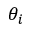
\theta _ { i }